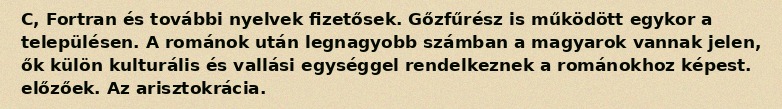
C, Fortran és további nyelvek fizetősek. Gőzfűrész is működött egykor a településen. A románok után legnagyobb számban a magyarok vannak jelen, ők külön kulturális és vallási egységgel rendelkeznek a románokhoz képest. előzőek. Az arisztokrácia.